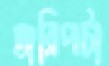
জরিপটা